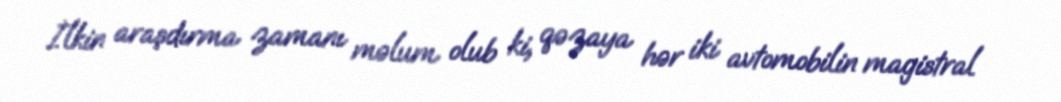
İlkin araşdırma zamanı məlum olub ki, qəzaya hər iki avtomobilin magistral